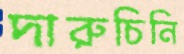
দারুচিনি